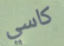
كاسي